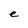
Character: e